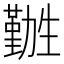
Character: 𫦽